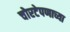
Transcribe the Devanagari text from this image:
चोरटेपणाच्या